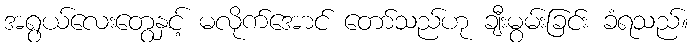
အရွယ်လေးတွေနှင့် မလိုက်အောင် တော်သည်ဟု ချီးမွမ်းခြင်း ခံရသည်။